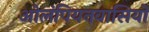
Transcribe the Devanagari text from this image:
ओलंपियनवासियों